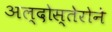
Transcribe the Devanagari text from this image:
अल्दोस्तेरोने